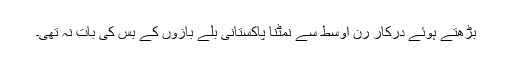
بڑھتے ہوئے درکار رن اوسط سے نمٹنا پاکستانی بلے بازوں کے بس کی بات نہ تھی۔